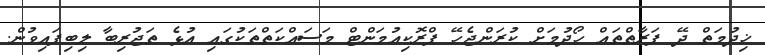
ޚިދުމަތް ދޭ ފަރާތްތައް ހޯދުމަށް ކުރަންޖެހޭ ޕްރޮކިއުމަންޓް މަސައްކަތްތަކުގައި އުޅެ ތަޖުރިބާ ލިބިފައިވުން.